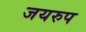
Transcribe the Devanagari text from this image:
जयरुप